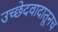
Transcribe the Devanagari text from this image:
उच्छेदवादातूनच